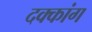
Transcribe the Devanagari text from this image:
दक्कांग